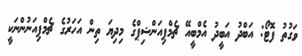
ވަގުތު ފޮޓޯ: އަބްދު އަބީދު އެމްބީއޭ ޗެމްޕިއަންޝިޕްގެ މިދިޔަ ތިން އަހަރުގެ ޗެމްޕިއަނުންނަކީ